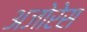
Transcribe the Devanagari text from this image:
अजोरेस